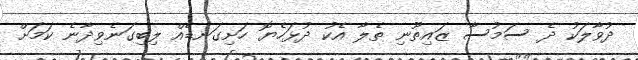
ދުވާލަކު ދެ ސަމުސާ ޒައިތޫނި ތެލާ އެކު ދުޅަހެޔޮ ހަށިގަނޑެއް ލިބިގަނެވިދާނެ ކަމަށް